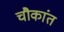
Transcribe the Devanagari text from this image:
चौकांत